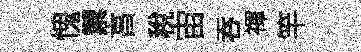
愧禦亯稅宙吞禈竿